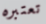
تعتبره